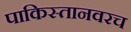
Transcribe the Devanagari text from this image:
पाकिस्तानवरच